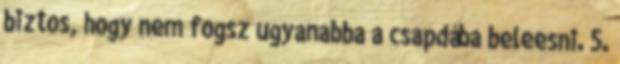
biztos, hogy nem fogsz ugyanabba a csapdába beleesni. 5.